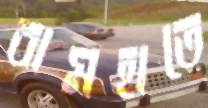
বামহাতে